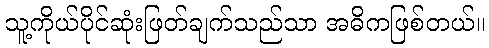
သူ့ကိုယ်ပိုင်ဆုံးဖြတ်ချက်သည်သာ အဓိကဖြစ်တယ်။